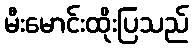
မီးမောင်းထိုးပြသည်